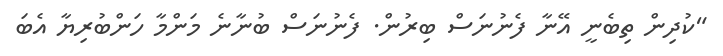
"ކުދިން ތިބެނީ އޭނާ ފެނުނަސް ބިރުން. ފެނުނަސް ބުނާނެ މަންމާ ހަންބުރިޔާ އެބަ